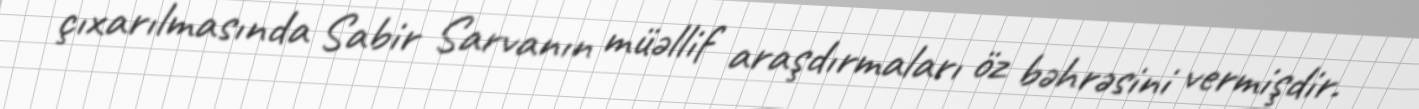
çıxarılmasında Sabir Sarvanın müəllif araşdırmaları öz bəhrəsini vermişdir.